Insane asylums Bombay 1873-77 - 1873-1877
Year: 1873
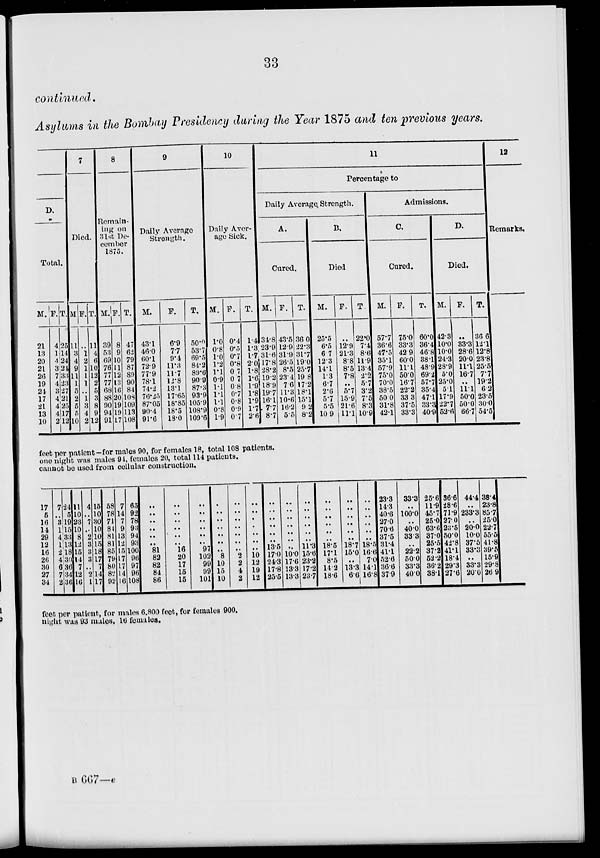
33
continued.
Asylums in the Bombay Presidency during the Year 1875 and ten previous years.
D.
Total.
M.
21
13
20
21
26
19
24
17
21
13
10
F.
4
1
4
3
7
4
3
4
4
4
2
T.
25
14
24
21
33
23
27
21
25
17
12
7
Died.
M
11
3
4
9
11 1
5
2
5
5
10
F.
..
1
2
1
1
1
.. 1
3
4
2
T.
11
4
6
10
12
2
5
3
8
9
12
8
Remain-
ing on
31st De-
cember
1875.
M.
39
53
69
76
77
77
68
88
90
94
91
F.
8
9
10
11
12
13
16
20
19
19
17
T.
47
62
79
87
89
90
84
108
109
113
108
9
Daily Average
Strength.
M.
43.1
46.0
60.1
72.9
77.9
78.1
74.2
76.25
87.05
90.4
91.6
F.
6.9
7.7
9.4
11.3
11.7
12.8
13.1
17.65
18.85
18.5
18.0
T.
50.0
53.7
69.5
84.2
89.6
90.9
87.3
93.9
105.9
108.9
109.6
10
Daily Aver-
age Sick.
M.
1.0
0.8
1.0
1.2
1.1
0.9
1.1
1.1
1.1
0.8
1.9
F.
0.4
0.5
0.7
0.8
0.7
0.7
0.8
0.7
0.8
0.9
07
T.
1.4
1.3
1.7
2.0
1.8
1.6
1.9
1.8
1.9
1.7
2.6
11
Percentage to
Daily Average Strength.
A.
Cured.
M.
34.8
23.9
31.6
17.8
28.2
19.2
18.9
19.7
16.1
7.7
8.7
F.
43.5
12.9
31.9
26.5
8.5
23.4
7.6
11.3
10.6
16.2
5.5
T.
36.0
22.3
31.7
19.0
25.7
19.8
17.2
18.1
15.1
9.2
8.2
B.
Died
M.
25.5
6.5
6.7
12.3
14.1
1.3
6.7
2.6
5.7
5.5
10 9
F.
..
12.9
21.3
8.8
8.5
7.8
..
5.7
15.9
21.6
11.1
T.
22.0
7.4
8.6
11.9
13.4
2.2
5.7
3.2
7.5
8.3
10.9
Admissions.
C.
Cured.
M.
57.7
36.6
47.5
35.1
57.9
75.0
70.0
38.5
50.0
31.8
42.1
F.
75.0
33.3
42.9
60.0
11.1
50.0
16.7
22.2
33.3
37.5
33.3
T.
60.0
36.4
46.8
38.1
48.9
69.2
57.7
35.4
47.1
33.3
40.9
D.
Died.
M.
42.3
10.0
10.0
24.3
28.9
5.0
25.0
5.1
17.9
22.7
52.6
F.
..
33.3
28.6
20.0
11.1
16.7
..
11.1
50.0
50.0
66.7
T.
36.6
12.1
12.8
23.8
25.5
7.7
19.2
6.2
23.5
30.0
54.5
12
Remarks.
feet per patient—for males 90, for females 18, total 108 patients.
one night was males 94, females 20, total 114 patients.
cannot be used from cellular construction.
17
5
16
14
29
12
16
26
30
27
34
7
..
3
1
4
1
2
4
6
7
2
24
5
19
15
33
13
18
30
36
34
36
11
10
23
10
8
12
15
14
7
12
16
4
..
7
.. 2
3
3
3
.. 2
1
15
10
30
10
10
15
18
17
7
14
17
58
78
71
84
81
81
85
79
80
82
92
7
14
7
9
13
12
15
17
17
14
16
65
92
78
93
94
93
100
96
97
96
108
..
.. .. .. .. .. 81
82
82
84
86
..
.. .. .. .. .. 16
20
17
15
15
..
.. .. .. .. .. 97
102
99
99
101
..
.. .. .. .. .. .. 8
10
15
10
..
.. .. .. .. .. .. 2
2
4
2
..
.. .. .. .. ..
..
10
12
19
12
..
.. .. .. .. ..
13.5
17.0
24.3
17.8
25.5
..
.. .. .. .. .. ..
10.0
17.6
13.3
13.3
..
.. .. .. .. ..
11.3
15.6
23.2
17.2
23.7
..
.. .. .. .. ..
18.5
17.1
8.5
14.2
18.6
..
.. .. .. .. ..
18.7
15.0
..
13.3
6.6
..
.. .. .. .. ..
18.5
16.6
7.0
14.1
16.8
23.3
14.3
40.6
27.0
70.6
37.5
31.4
41.1
52.6
36.6
37.9
33.3
..
100.0
..
40.0
33.3
..
22.2
50.0
33.3
40.0
25.6
11.9
45.7
25.0
63.6
37.0
25.5
37.2
52.2
36.2
38.1
36.6
28.6
71.9
27.0
23.5
50.0
42.8
41.1
18.4
29.3
27.6
44.4
..
233.3
..
20.0
10.0
37.5
33.3
..
33.3
20.0
38.4
23.8
85.7
25.0
22.7
55.5
41.8
39.5
15.9
29.8
26 9
feet per patient, for males 6.800 feet, for females 900.
night was 93 males, 16 females.
B 667 — e